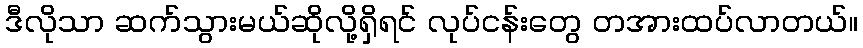
ဒီလိုသာ ဆက်သွားမယ်ဆိုလို့ရှိရင် လုပ်ငန်းတွေ တအားထပ်လာတယ်။